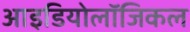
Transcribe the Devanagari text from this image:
आइडियोलॉजिकल